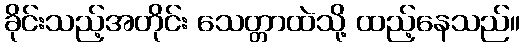
ခိုင်းသည့်အတိုင်း သေတ္တာထဲသို့ ထည့်နေသည်။